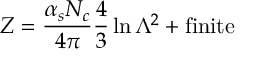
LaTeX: Z = { \frac { \alpha _ { s } N _ { c } } { 4 \pi } } { \frac { 4 } { 3 } } \ln \Lambda ^ { 2 } + \mathrm { f i n i t e }